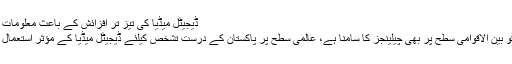
ڈیجیٹل میڈیا کی تیز تر افزائش کے باعث معلومات کا پھیلاؤ سرحدوں کا پابند نہیں رہا،
عمران خان کا کہنا تھا کہ پاکستان کو بین الاقوامی سطح پر بھی چیلینجز کا سامنا ہے، عالمی سطح پر پاکستان کے درست تشخص کیلئے ڈیجیٹل میڈیا کے مؤثر استعمال کی حکمت عملی وقت کا تقاضا ہے۔